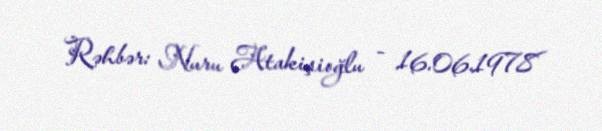
Rəhbər: Nuru Atakişioğlu - 16.06.1978